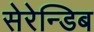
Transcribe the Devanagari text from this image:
सेरेन्डिब